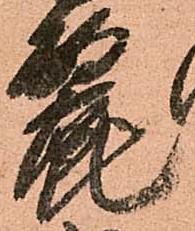
麗